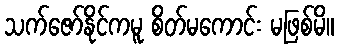
သက်ဇော်နိုင်ကမူ စိတ်မကောင်း မဖြစ်မိ။